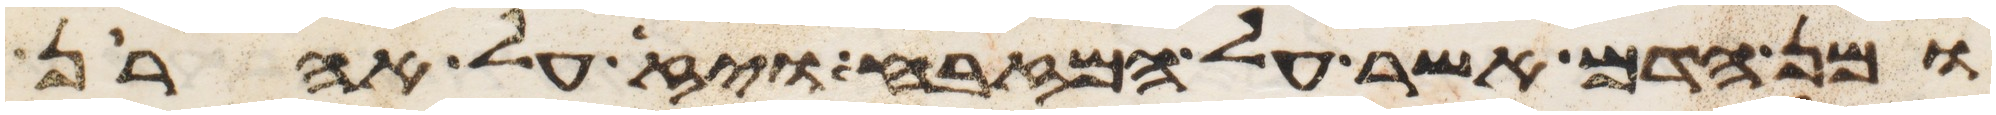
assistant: ומן הדם אשר על המזבח ויז על אהרן